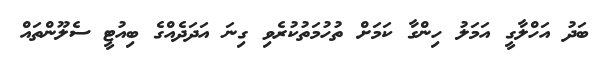
ބަދު އަހްލާގީ އަމަލު ހިންގާ ކަމަށް ތުހުމަތުކުރެވި ގިނަ އަދަދެއްގެ ބިއުޓީ ސެލޫންތައް